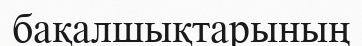
бақалшықтарының